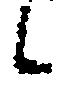
候